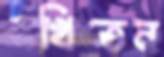
বখিতেন